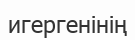
игергенінің